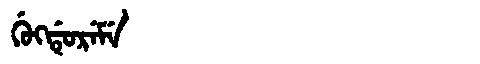
Manchu: ᡤᡠᡴᡩᡠᡵᡝᠮᡝ
Romanization: GUKDUREME